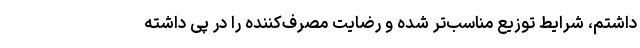
داشتم، شرایط توزیع مناسب‌تر شده و رضایت مصرف‌کننده را در پی داشته